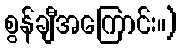
စွန်ချီအကြောင်း။)